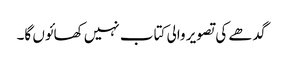
گدھے کی تصویر والی کتاب نہیں کھائوں گا۔